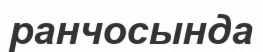
ранчосында